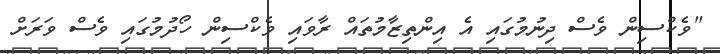
"ވެކްސިން ވެސް ދިނުމުގައި އެ އިންތިޒާމުތައް ރާވައި ވެކްސިން ހޯދުމުގައި ވެސް ވަރަށް